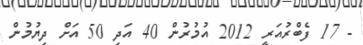
- 17 ފެބްރުއަރީ 2012 އުމުރުން 40 އަދި 50 އަށް ދިޔުމުން